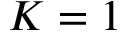
K = 1